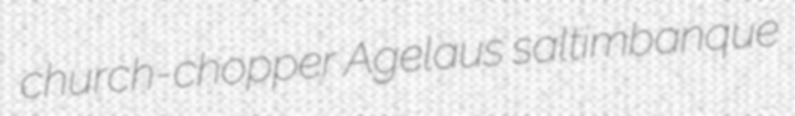
church-chopper Agelaus saltimbanque